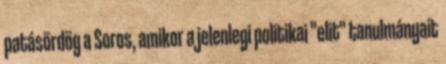
patásördög a Soros, amikor a jelenlegi politikai "elit" tanulmányait